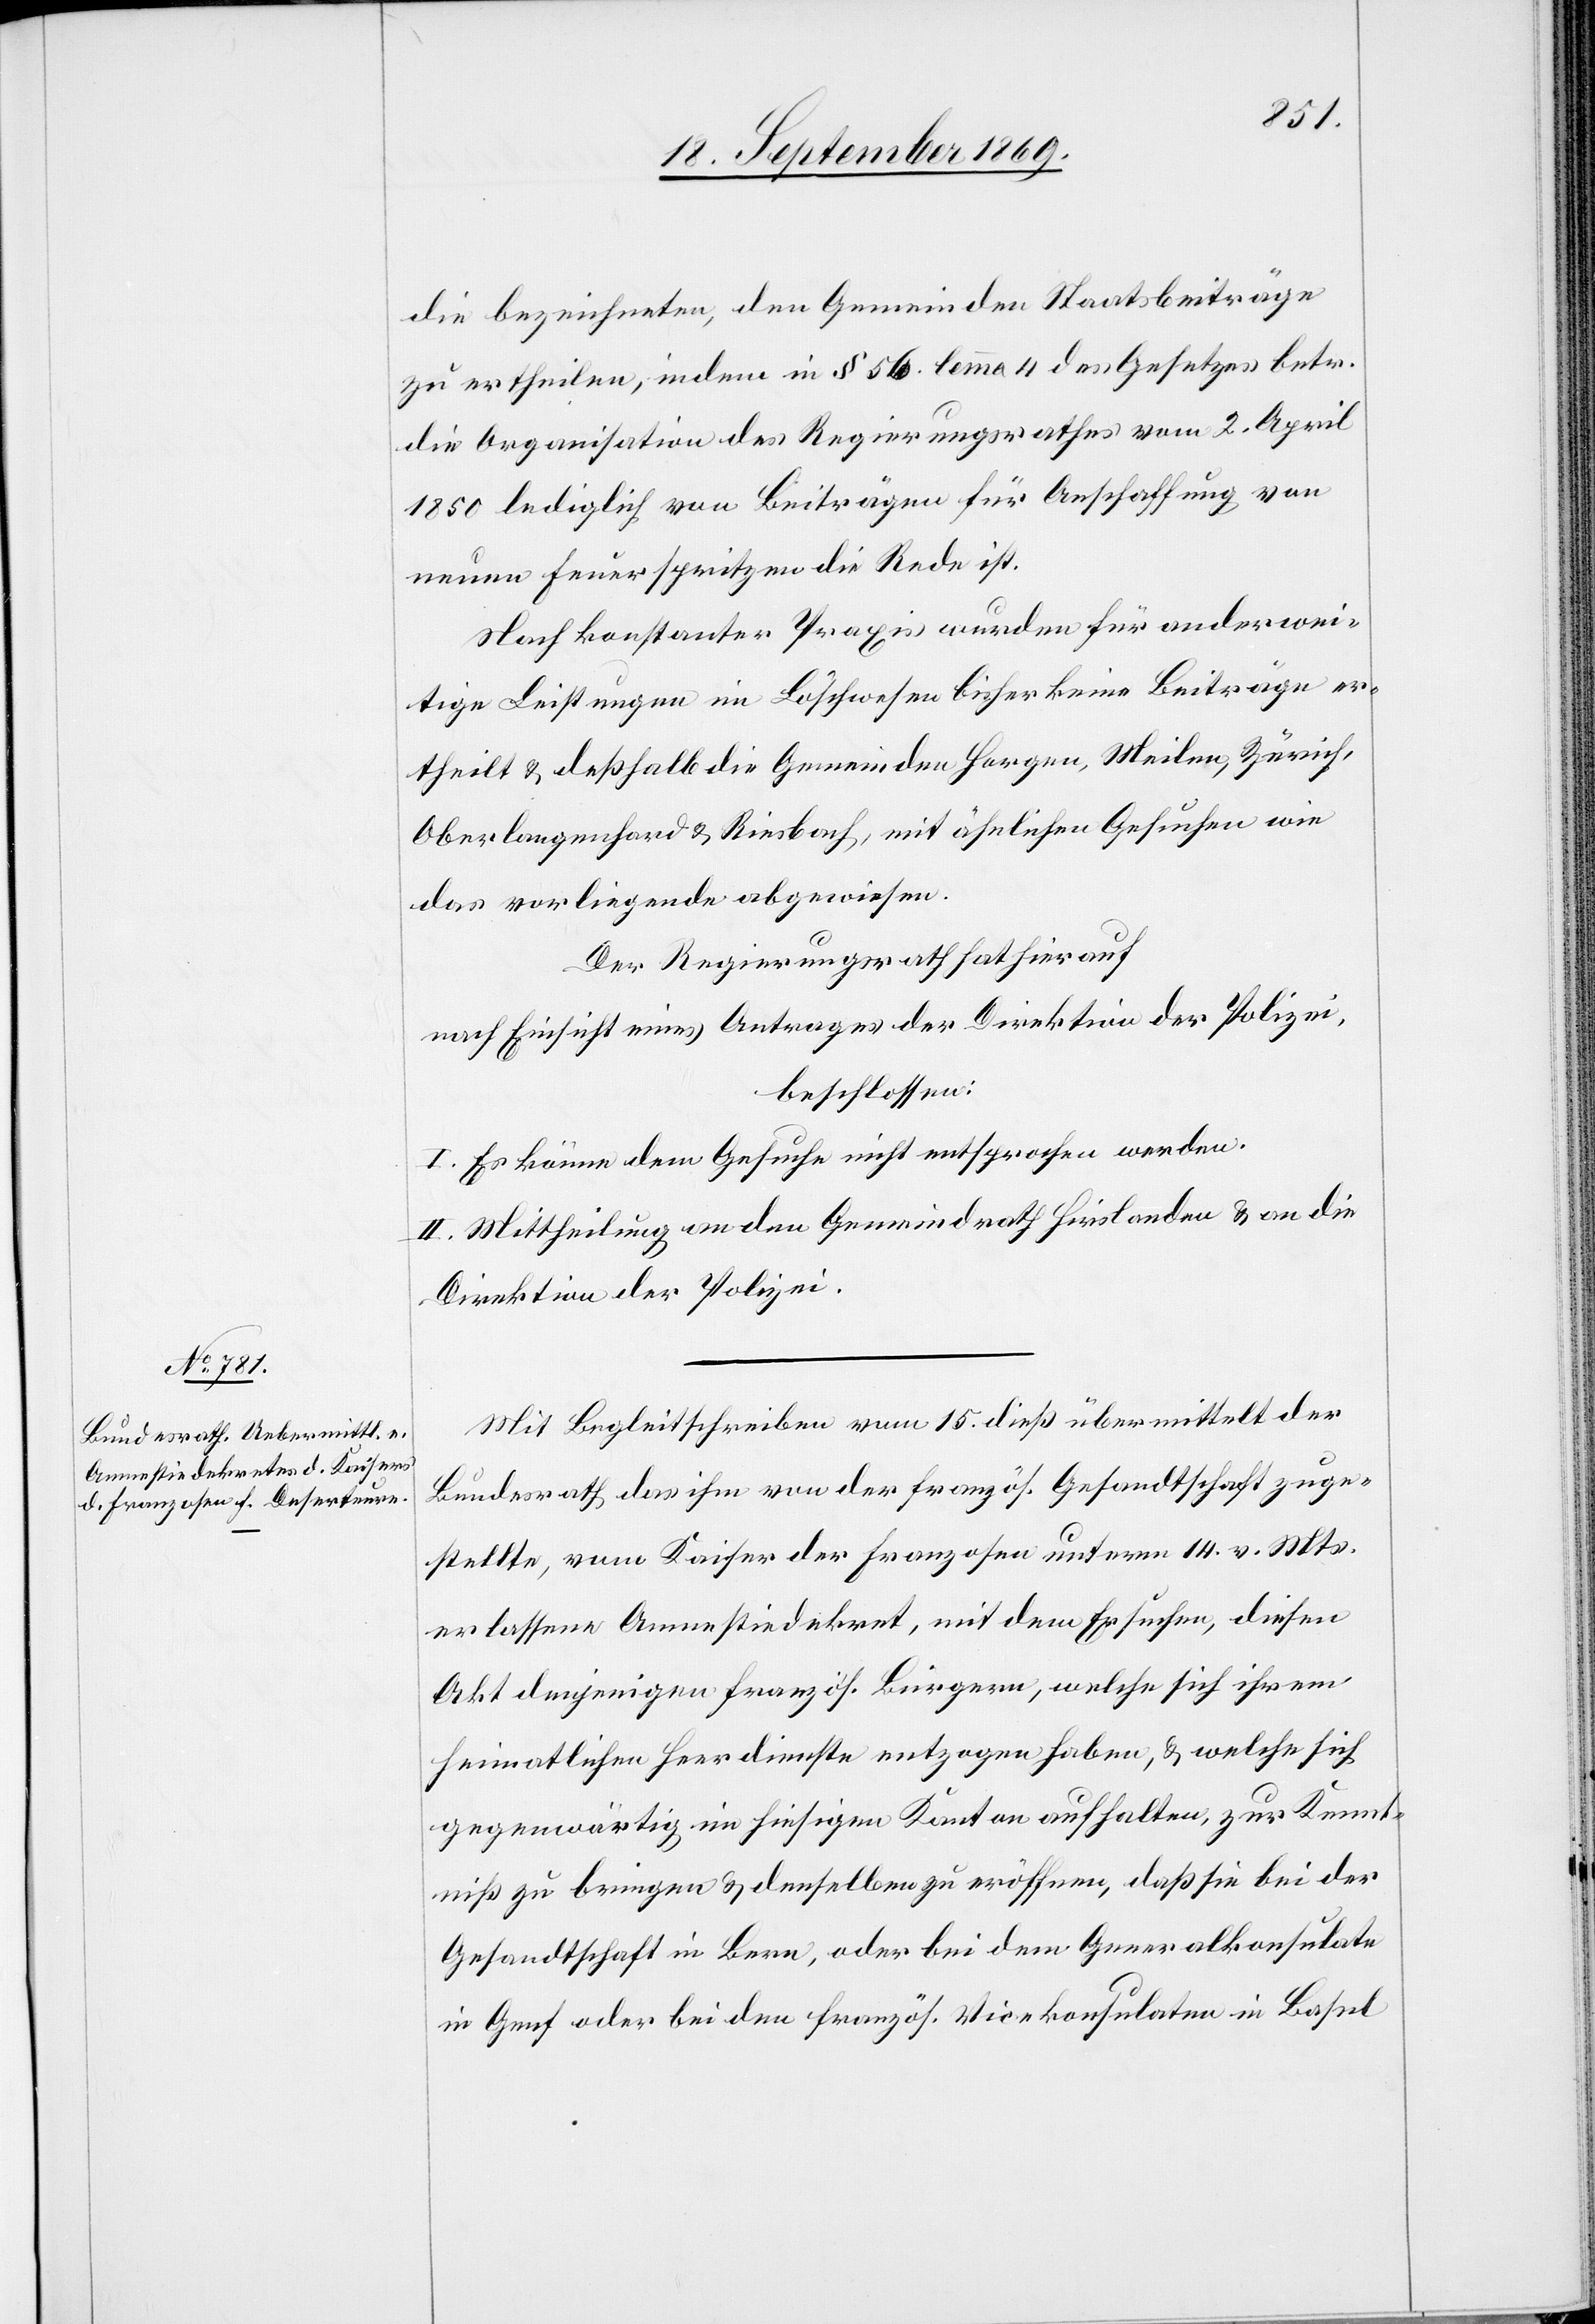
die bezeichneten, den Gemeinden Staatsbeiträge
zu ertheilen, indem in § 56. lemma 4 des Gesetzes betr.
die Organisation des Regierungsrathes vom 2. April
1850 lediglich von Beiträgen für Anschaffung von
neuen Feuerspritzen die Rede ist.
Nach konstanter Praxis wurden für anderwei¬
tige Leistungen im Löschwesen bisher keine Beiträge er¬
theilt & deßhalb die Gemeinden Horgen, Meilen, Zürich,
Oberlangenhard & Riesbach, mit ähnlichen Gesuchen wie
das vorliegende abgewiesen.
Der Regierungsrath hat hierauf
nach Einsicht eines Antrages der Direktion der Polizei,
beschlossen:
I. Es könne dem Gesuche nicht entsprochen werden.
II. Mittheilung an den Gemeindrath Hirslanden & an die
Direktion der Polizei.
Mit Begleitschreiben vom 15. dieß übermittelt der
Bundesrath das ihm von der französ. Gesandtschaft zuge¬
stellte, vom Kaiser der Franzosen unterm 14. v. Mts.
erlassene Amnestiedekret, mit dem Ersuchen, diesen
Akt denjenigen französ. Bürgern, welche sich ihrem
heimatlichen Heerdienste entzogen haben, & welche sich
gegenwärtig im hiesigen Kanton aufhalten, zur Kennt¬
niß zu bringen & denselben zu eröffnen, daß sie bei der
Gesandtschaft in Bern, oder bei dem Generalkonsulate
in Genf oder bei den französ. Vicekonsulaten in Basel